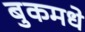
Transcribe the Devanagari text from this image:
बुकमधे